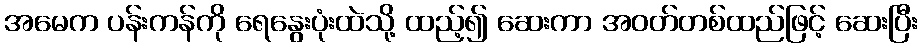
အမေက ပန်းကန်ကို ရေနွေးပုံးထဲသို့ ထည့်၍ ဆေးကာ အဝတ်တစ်ထည်ဖြင့် ဆေးပြီး